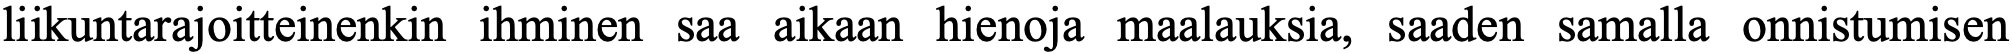
liikuntarajoitteinenkin ihminen saa aikaan hienoja maalauksia, saaden samalla onnistumisen